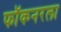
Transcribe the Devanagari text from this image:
फॉकनरला